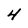
Character: 4